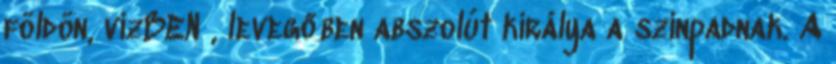
földön, vízBEN , levegőben abszolút királya a színpadnak. A